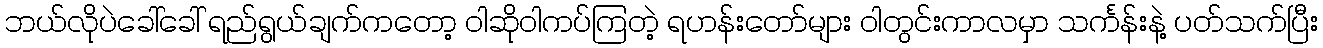
ဘယ်လိုပဲခေါ်ခေါ် ရည်ရွယ်ချက်ကတော့ ဝါဆိုဝါကပ်ကြတဲ့ ရဟန်းတော်များ ဝါတွင်းကာလမှာ သင်္ကန်းနဲ့ ပတ်သက်ပြီး